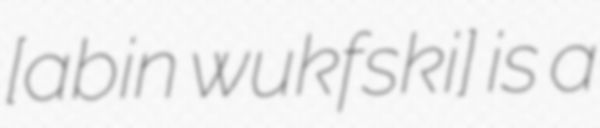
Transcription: [ˈʐabin wuˈkɔfski] is a